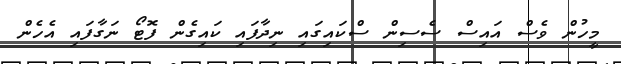
މީހުން ވެސް އައިސް ސެސިން ސްކައިގައި ނިދާފައި ކައިގެން ފޮޓޯ ނަގާފައި އެހެން